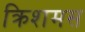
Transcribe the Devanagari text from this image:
क्रिशमस